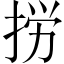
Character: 𢭐